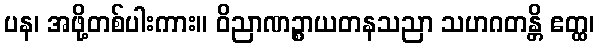
ပန၊ အဖို့တစ်ပါးကား။ ဝိညာဏဉ္စာယတနသညာ သဟဂတန္တိ ဧတ္ထ၊